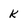
Character: k